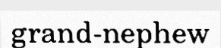
grand-nephew